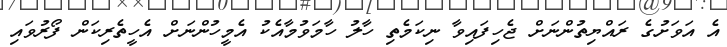
އެ އަވަށުގެ ރައްޔިތުންނަށް ޖެހިފައިވާ ނިކަމެތި ހާލު ހާމަވުމާއެކު އެމީހުންނަށް އެހީތެރިކަން ފޯރުވައި